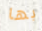
بها